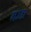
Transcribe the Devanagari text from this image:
गउडा